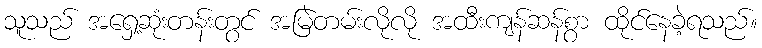
သူသည် အရှေ့ဆုံးတန်းတွင် အမြဲတမ်းလိုလို အထီးကျန်ဆန်စွာ ထိုင်နေခဲ့ရသည်။